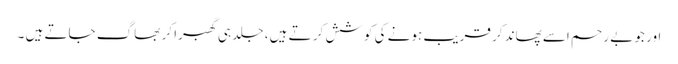
اور جو بے رحم اسے پھاند کر قریب ہونے کی کوشش کر تے ہیں ، جلد ہی گھبرا کر بھاگ جاتے ہیں ۔